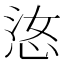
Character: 𫺋